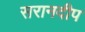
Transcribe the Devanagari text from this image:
सरानदीप